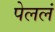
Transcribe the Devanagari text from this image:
पेललं